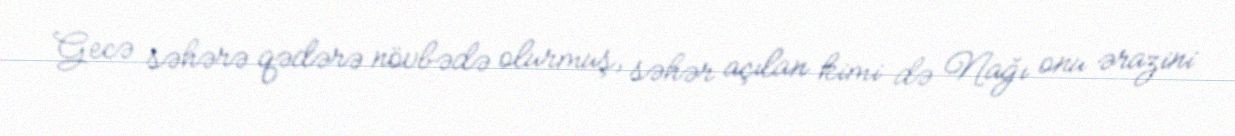
Gecə səhərə qədərə növbədə olurmuş, səhər açılan kimi də Nağı onu ərazini